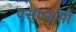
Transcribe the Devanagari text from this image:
एस्‌एस्‌सी